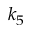
k _ { 5 }